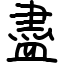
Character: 盡